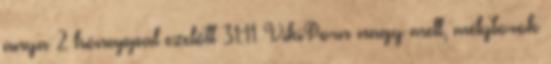
anya 2 hónappal ezelőtt 31:11 VikiPorn nagy mell, mélytorok